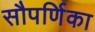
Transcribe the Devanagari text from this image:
सौपर्णिका